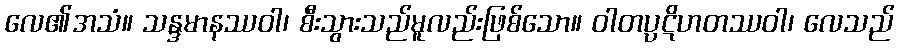
လေ၏အသံ။ သန္ဒမာနဿဝါ၊ စီးသွားသည်မူလည်းဖြစ်သော။ ဝါတပ္ပဋိဟတဿဝါ၊ လေသည်